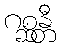
ဂစ္ဆန္တီ